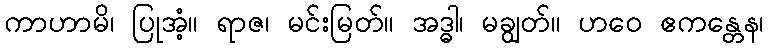
ကာဟာမိ၊ ပြုအံ့။ ရာဇ၊ မင်းမြတ်။ အဒ္ဓါ၊ မချွတ်။ ဟဝေ ဧကန္တေန၊